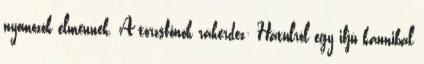
nyomozók elmennek. A törzsfőnök rákérdez: Hátulról egy ifjú kannibál